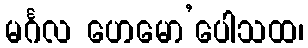
မင်္ဂလ ဟေမော’ပေါသထ၊